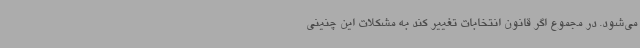
می‌شود. در مجموع اگر قانون انتخابات تغییر کند به مشکلات این چنینی